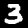
Digit: 3